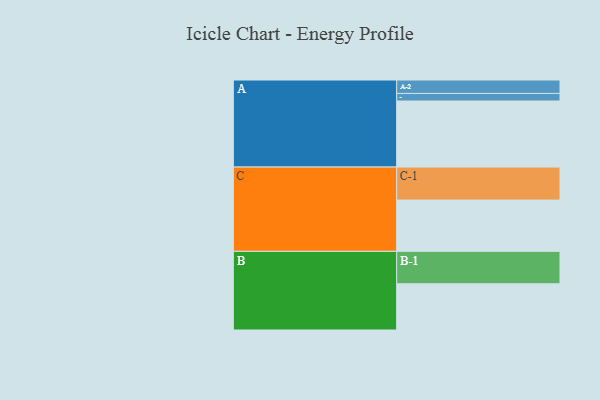
{"axis": {"x": "Segment", "y": "Value"}, "legend": ["", "A", "B", "C"], "data": [{"x": "A", "y": 550, "type": ""}, {"x": "B", "y": 385, "type": ""}, {"x": "C", "y": 427, "type": ""}, {"x": "A-1", "y": 63, "type": "A"}, {"x": "A-2", "y": 112, "type": "A"}, {"x": "B-1", "y": 270, "type": "B"}, {"x": "C-1", "y": 275, "type": "C"}]}